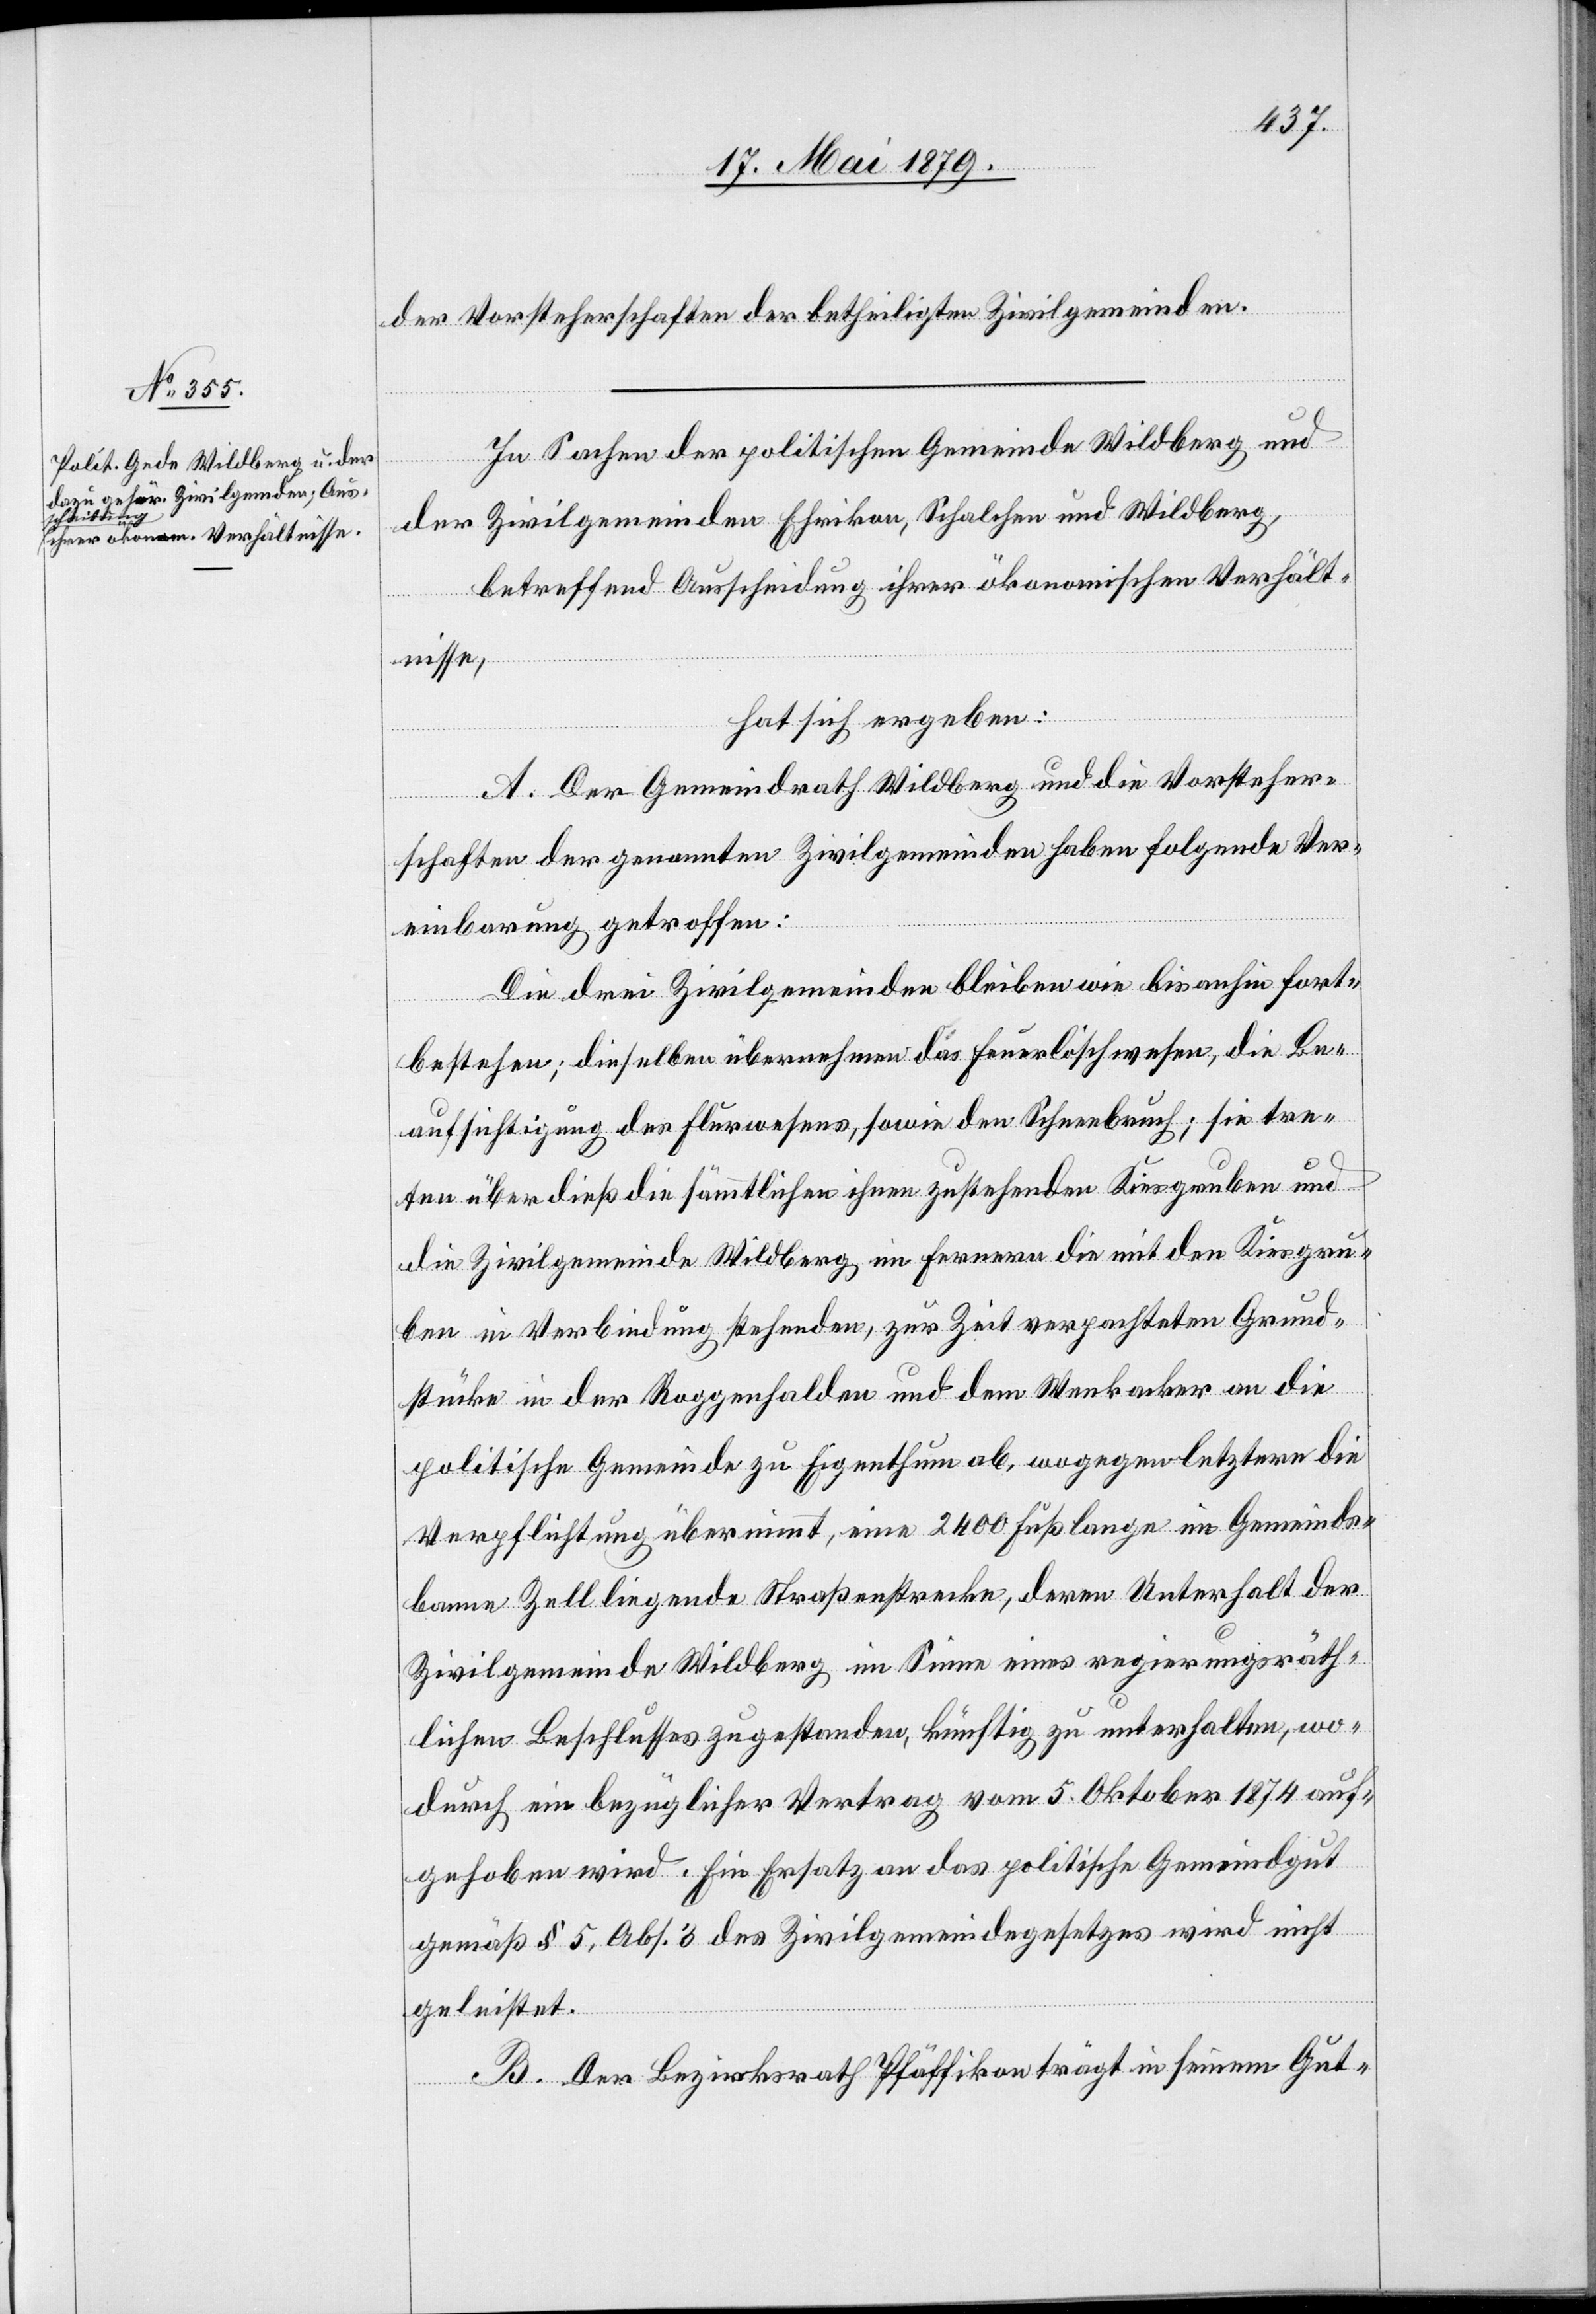
der Vorsteherschaften der betheiligten Zivilgemeinden.
In Sachen der politischen Gemeinde Wildberg und
der Zivilgemeinden Ehrikon, Schalchen und Wildberg,
betreffend Ausscheidung ihrer ökonomischen Verhält¬
nisse,
hat sich ergeben:
A. Der Gemeindrath Wildberg und die Vorsteher¬
schaften der genannten Zivilgemeinden haben folgende Ver¬
einbarung getroffen:
Die drei Zivilgemeinden bleiben wie bis anhin fort¬
bestehen; dieselben übernehmen das Feuerlöschwesen, sowie den
treten überdieß die sämmtlichen ihnen zustehenden Kiesgruben und
die Zivilgemeinde Wildberg im Fernern die mit den Kiesgru¬
ben in Verbindung stehenden, zur Zeit verpachteten Grund¬
stücke in der Roggenhalden und dem Wenkacker an die
politische Gemeinde zu Eigenthum ab, wogegen letztere die
Verpflichtung übernimmt, eine 2400 Fuß lange im Gemeinds¬
banne Zell liegende Straßenstrecke, deren Unterhalt der
Zivilgemeinde Wildberg im Sinne eines regierungsräth¬
lichen Beschlusses zugestanden, künftig zu unterhalten, wo¬
durch ein bezüglicher Vertrag vom 5. Oktober 1874 auf¬
gehoben wird. Ein Ersatz an das politische Gemeindgut
gemäß § 5, Abs. 3 des Zivilgemeindegesetzes wird nicht
geleistet.
B. Der Bezirksrath Pfäffikon trägt in seinem Gut-